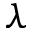
\lambda